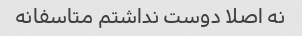
نه اصلا دوست نداشتم متاسفانه